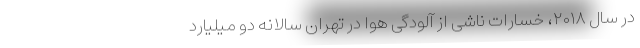
در سال ۲۰۱۸، خسارات ناشی از آلودگی هوا در تهران سالانه دو میلیارد